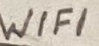
Text: WIFI